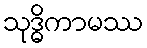
သုဒ္ဓိကာမဿ